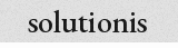
solutionis